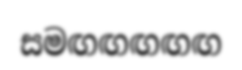
සමඟඟඟඟඟ